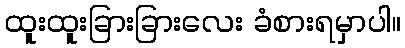
ထူးထူးခြားခြားလေး ခံစားရမှာပါ။